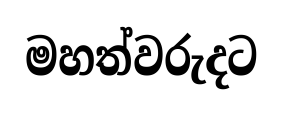
මහත්වරුදට